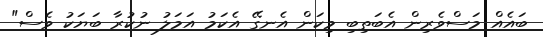
ބައެއް މަސްވެރިން އެބަތިބި މިކަން އެނގޭ އެކަމު އަމަލު ނުކުރާ ބަޔަކު ވެސް"